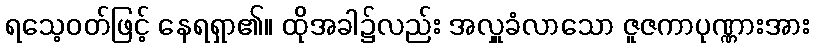
ရသေ့ဝတ်ဖြင့် နေရရှာ၏။ ထိုအခါ၌လည်း အလှူခံလာသော ဇူဇကာပုဏ္ဏားအား